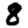
Digit: 8